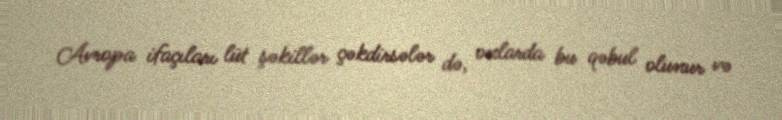
Avropa ifaçıları lüt şəkillər çəkdirsələr də, onlarda bu qəbul olunur və